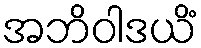
အဘိဝါဒယိံ